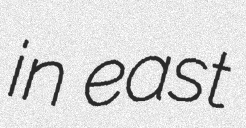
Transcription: in east